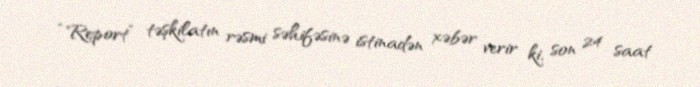
“Report” təşkilatın rəsmi səhifəsinə istinadən xəbər verir ki, son 24 saat